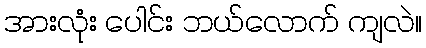
အားလုံး ပေါင်း ဘယ်လောက် ကျလဲ။